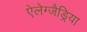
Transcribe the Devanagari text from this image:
ऐलेग्जैड्रिया